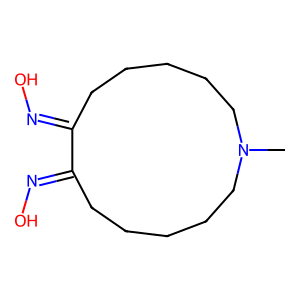
SMILES: CN1CCCCCC(=NO)C(=NO)CCCCC1
Inhibits HIV replication: No